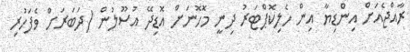
ރާއްޖެއަށް އިންޑިޔާ އިން ހެލިކޮޕްޓަރު ދިނީ މޮހޮނަށް އޮޑިދޭ އުސޫލުން (ދަބަރަށް ވެފަހުރި